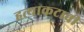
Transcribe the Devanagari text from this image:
हत्याकटाची